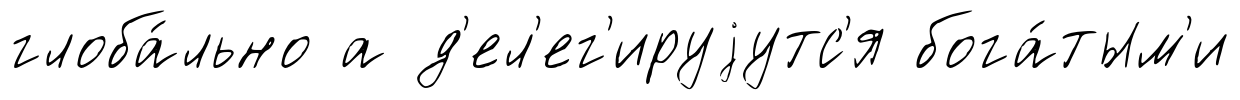
глоба́льно а д'ел'ег'ируjутс'я бога́тым'и